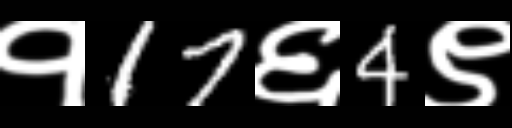
Text: १17६4९